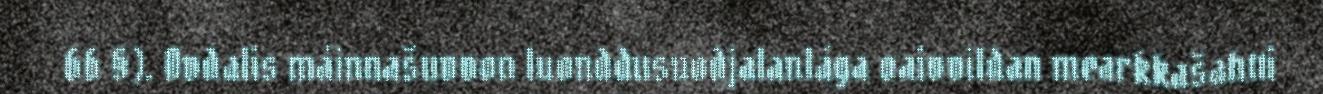
66 §). Ovdalis máinnašuvvon luonddusuodjalanlága oaivvildan mearkkašahtti